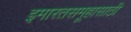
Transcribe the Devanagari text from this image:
इमारतसमूहासाठी